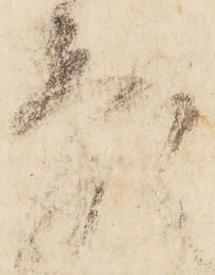
顔